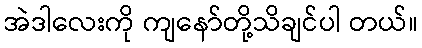
အဲဒါလေးကို ကျနော်တို့သိချင်ပါ တယ်။